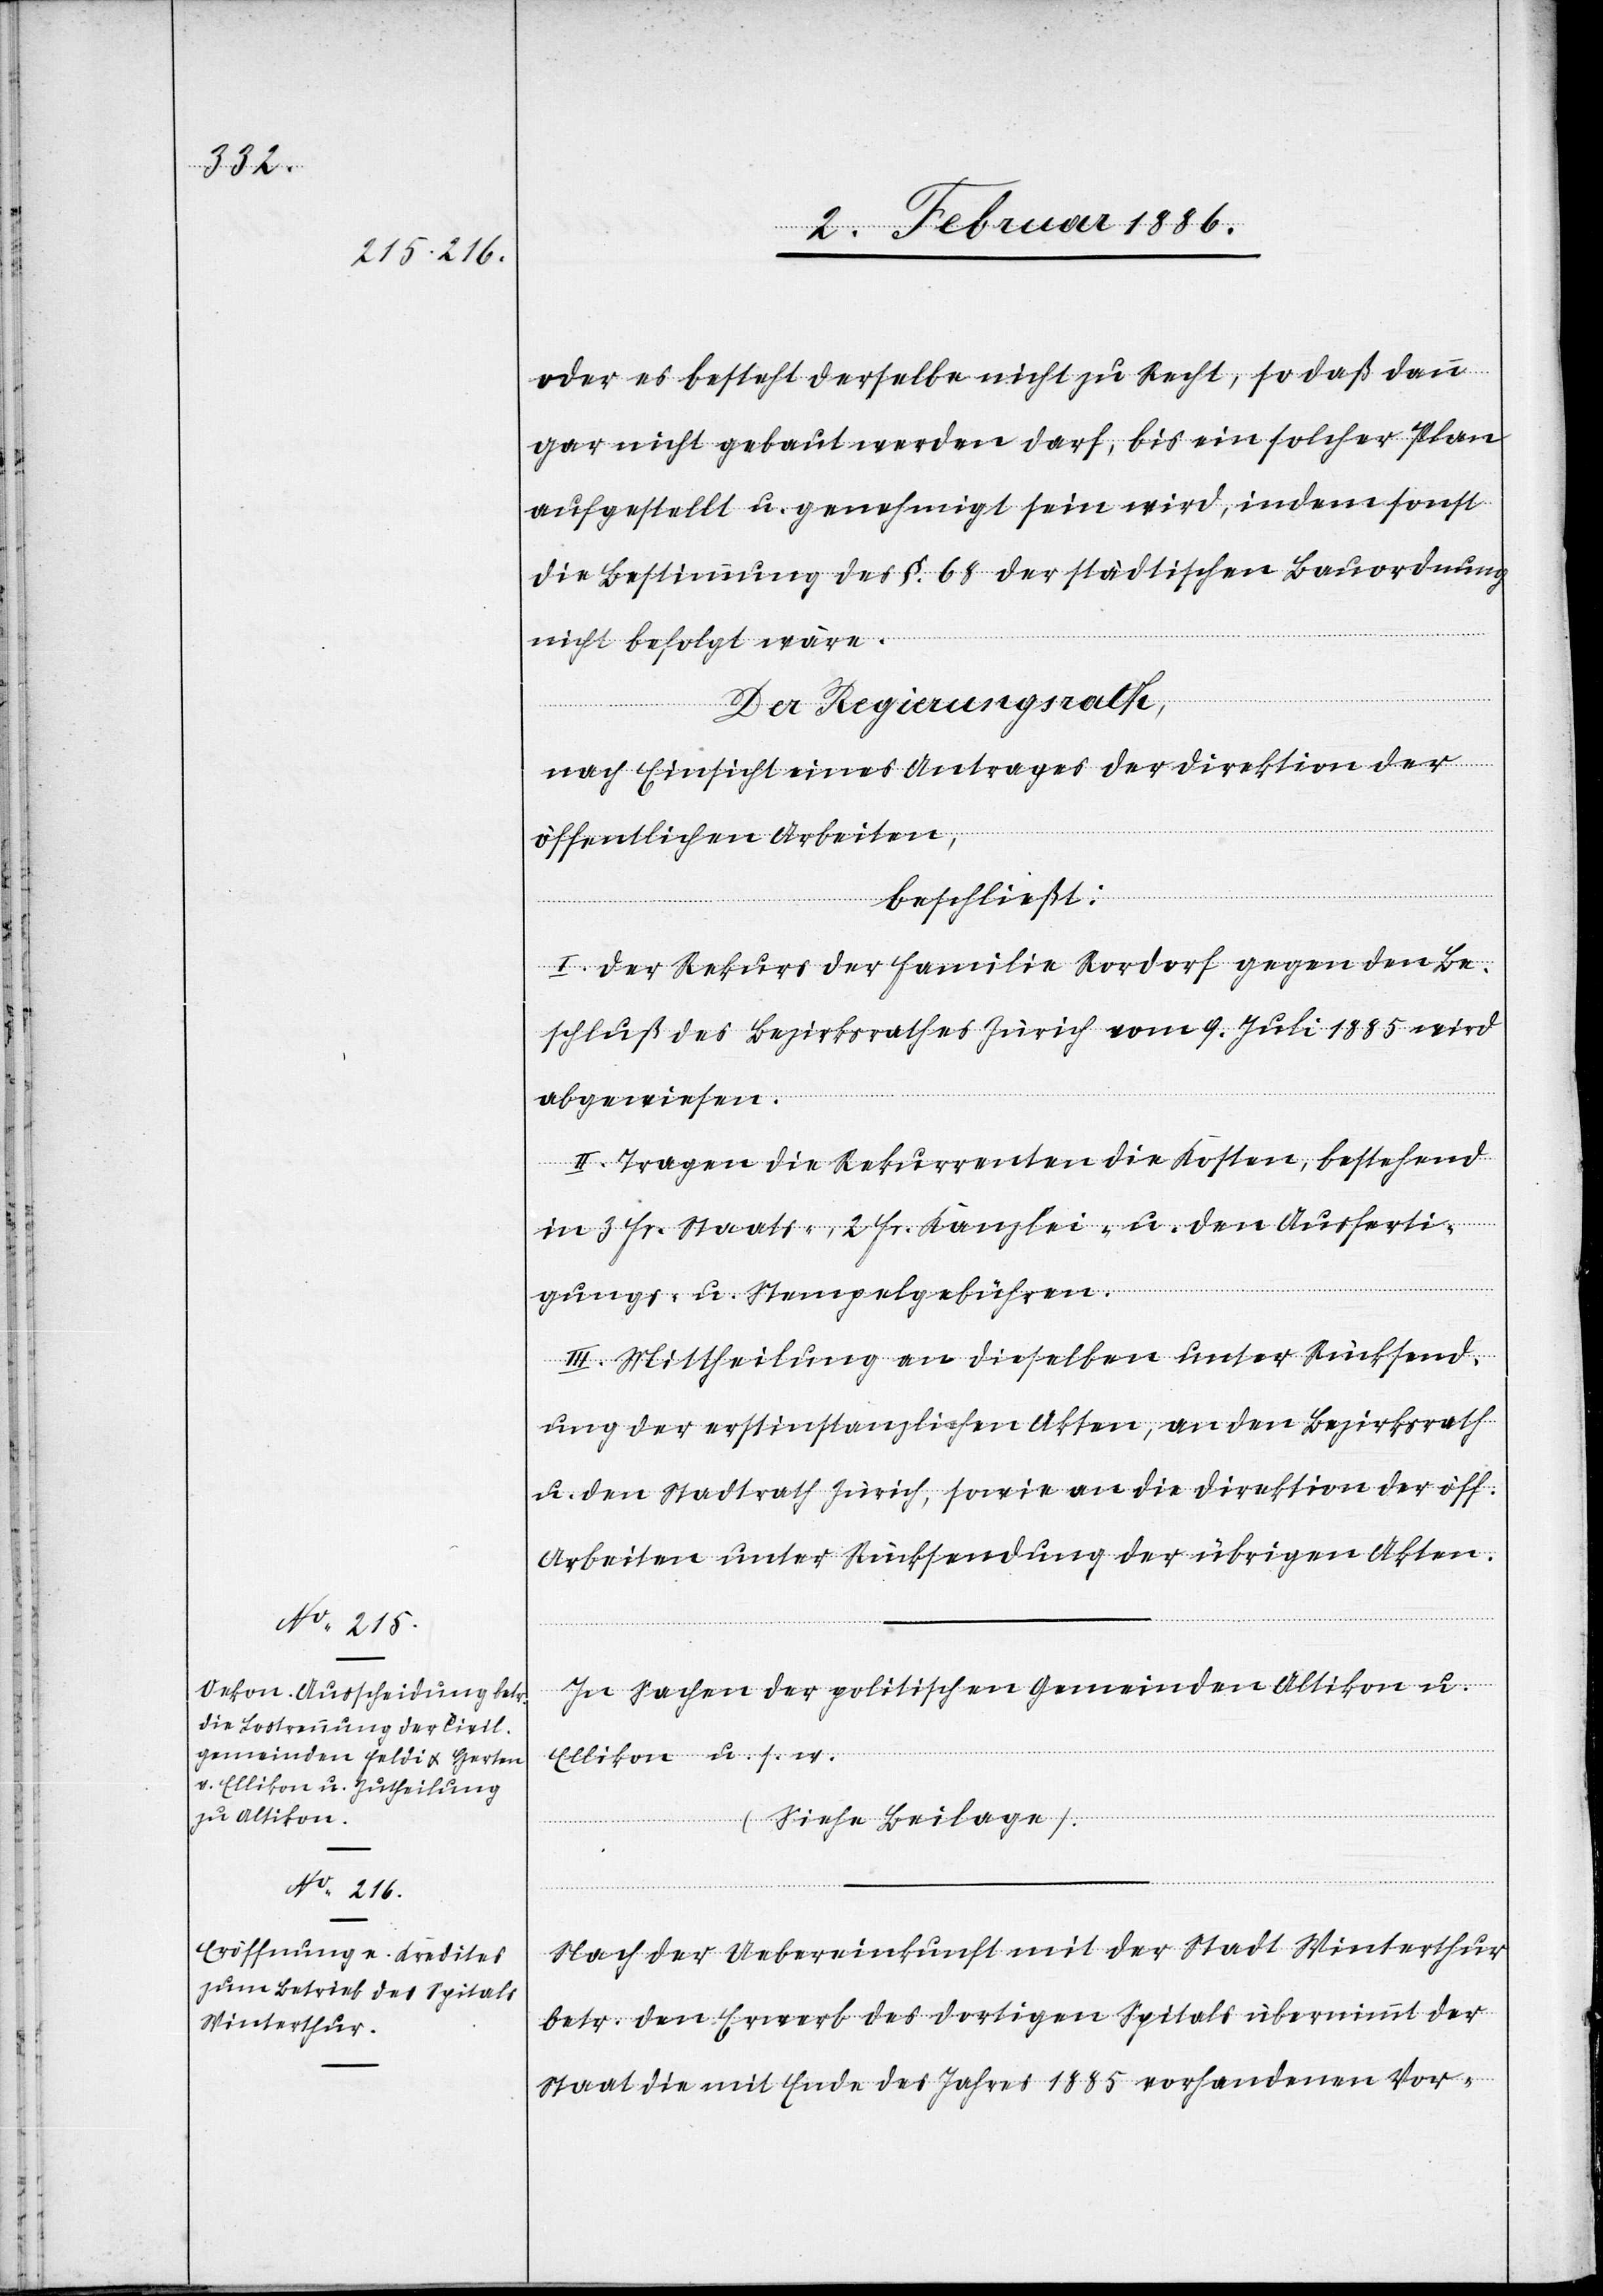
oder es besteht derselbe nicht zu Recht, so daß dann
gar nicht gebaut werden darf, bis ein solcher Plan
aufgestellt u. genehmigt sein wird, indem sonst
die Bestimmung des §. 68 der städtischen Bauordnung
nicht befolgt wäre.
Der Regierungsrath,
nach Einsicht eines Antrages der Direktion der
öffentlichen Arbeiten,
beschließt:
I. Der Rekurs der Familie Rordorf gegen den Be¬
schluß des Bezirksrathes Zürich vom 9. Juli 1885 wird
abgewiesen.
II. Tragen die Rekurrenten die Kosten, bestehend
in 3. Fr. Staats-, 2 Fr. Kanzlei. u. den Ausferti¬
gungs- u. Stempelgebühren.
III. Mittheilung an dieselben unter Rücksend¬
ung der erstinstanzlichen Akten, an den Bezirksrath
u. den Stadtrath Zürich, sowie an die Direktion der öff.
Arbeiten unter Rücksendung der übrigen Akten.
Nach der Uebereinkunft mit der Stadt Winterthur
betr. den Erwerb des dortigen Spitals übernimmt der
Staat die mit Ende des Jahres 1885 vorhandenen Vor-